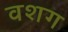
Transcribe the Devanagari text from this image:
वशग